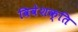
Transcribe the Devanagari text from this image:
विवेशक्ति